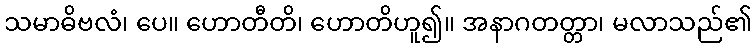
သမာဓိဗလံ၊ ပေ။ ဟောတီတိ၊ ဟောတိဟူ၍။ အနာဂတတ္တာ၊ မလာသည်၏